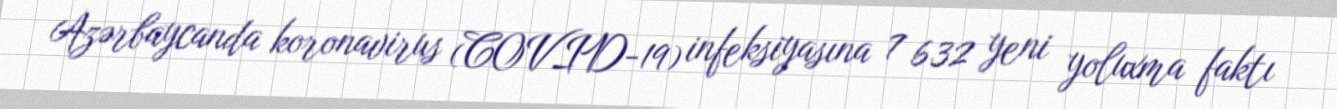
Azərbaycanda koronavirus (COVID-19) infeksiyasına 7 632 yeni yoluxma faktı